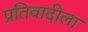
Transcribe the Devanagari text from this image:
प्रतिवादीला